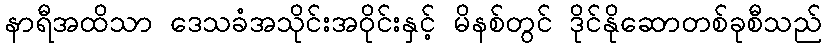
နာရီအထိသာ ဒေသခံအသိုင်းအဝိုင်းနှင့် မိနစ်တွင် ဒိုင်နိုဆောတစ်ခုစီသည်